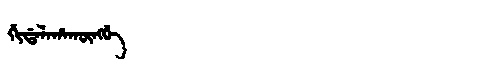
Manchu: ᡤᡳᡩᠠᠯᠠᡥᠠᡴᡡᠩᡤᡝ
Romanization: GIDALAHAKŪNGGE